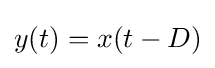
y(t)=x(t-D)